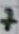
Text: 7